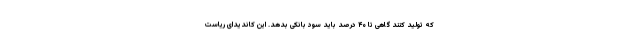
که تولید کنند گاهی تا ۴۰ درصد باید سود بانکی بدهد. این کاندیدای ریاست